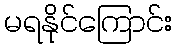
မရနိုင်ကြောင်း